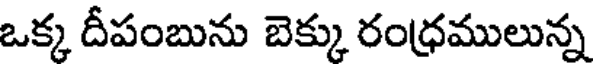
ఒక్క దీపంబును బెక్కు రంధ్రములున్న